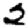
Digit: 2